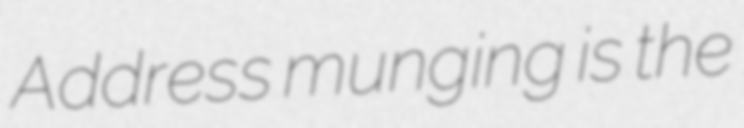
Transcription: Address munging is the